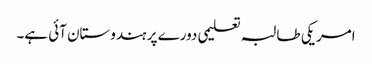
امریکی طالبہ تعلیمی دورے پر ہندوستان آئی ہے۔